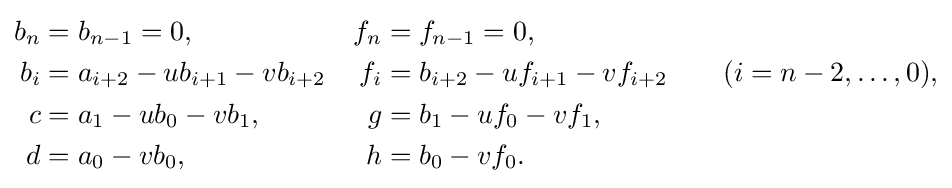
{\begin{aligned}b_{n}&=b_{n-1}=0,&f_{n}&=f_{n-1}=0,\\b_{i}&=a_{i+2}-ub_{i+1}-vb_{i+2}&f_{i}&=b_{i+2}-uf_{i+1}-vf_{i+2}\qquad (i=n-2,\ldots ,0),\\c&=a_{1}-ub_{0}-vb_{1},&g&=b_{1}-uf_{0}-vf_{1},\\d&=a_{0}-vb_{0},&h&=b_{0}-vf_{0}.\end{aligned}}